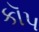
કૉપ